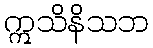
ဣသိနိသဘ